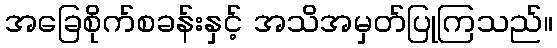
အခြေစိုက်စခန်းနှင့် အသိအမှတ်ပြုကြသည်။